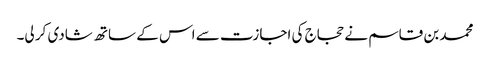
محمد بن قاسم نے حجاج کی اجازت سے اس کے ساتھ شادی کر لی۔